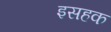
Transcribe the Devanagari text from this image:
इसहक